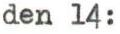
den 14: